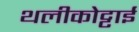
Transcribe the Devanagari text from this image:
थलीकोट्टाई